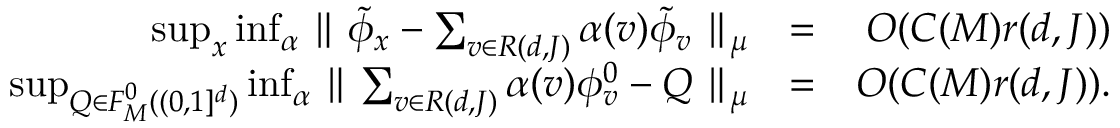
\begin{array} { r l r } { \operatorname* { s u p } _ { x } \operatorname* { i n f } _ { \alpha } \parallel \tilde { \phi } _ { x } - \sum _ { v \in { \cal R } ( d , J ) } \alpha ( v ) \tilde { \phi } _ { v } \parallel _ { \mu } } & { = } & { O ( C ( M ) r ( d , J ) ) } \\ { \operatorname* { s u p } _ { Q \in { \cal F } _ { M } ^ { 0 } ( ( 0 , 1 ] ^ { d } ) } \operatorname* { i n f } _ { \alpha } \parallel \sum _ { v \in { \cal R } ( d , J ) } \alpha ( v ) \phi _ { v } ^ { 0 } - Q \parallel _ { \mu } } & { = } & { O ( C ( M ) r ( d , J ) ) . } \end{array}